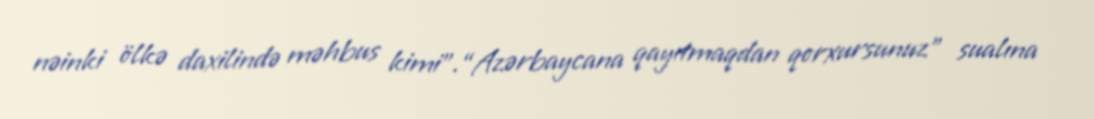
nəinki ölkə daxilində məhbus kimi”.“Azərbaycana qayıtmaqdan qorxursunuz” sualına